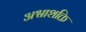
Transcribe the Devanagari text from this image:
अश्वाशक्ति